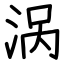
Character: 涡